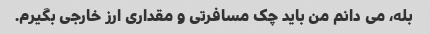
بله، می دانم من باید چک مسافرتی و مقداری ارز خارجی بگیرم.